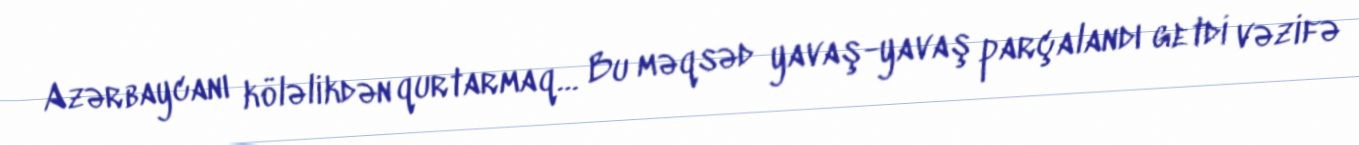
Azərbaycanı köləlikdən qurtarmaq… Bu məqsəd yavaş-yavaş parçalandı getdi vəzifə